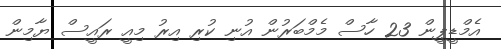
އެމްޑީޕީން 23 ހާސް މެމްބަރުން އުނި ކުރި އިރު މިއީ ރައީސް ޔާމިން